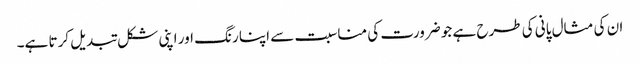
ان کی مثال پانی کی طرح ہے جو ضرورت کی مناسبت سے اپنا رنگ اور اپنی شکل تبدیل کرتا ہے۔